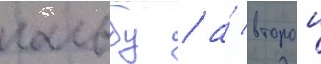
гальбу / а́ второи